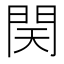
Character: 𨳨